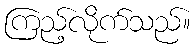
ကြည့်လိုက်သည်။